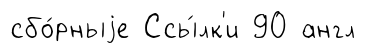
сбо́рныjе Ссы́лк'и 90 англ